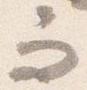
而